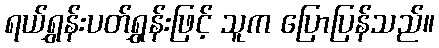
ရယ်ရွှန်းပတ်ရွှန်းဖြင့် သူက ပြောပြန်သည်။